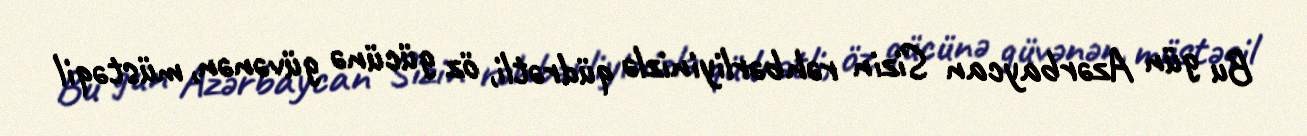
Bu gün Azərbaycan Sizin rəhbərliyinizlə qüdrətli, öz gücünə güvənən, müstəqil